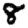
Digit: 8